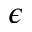
\epsilon